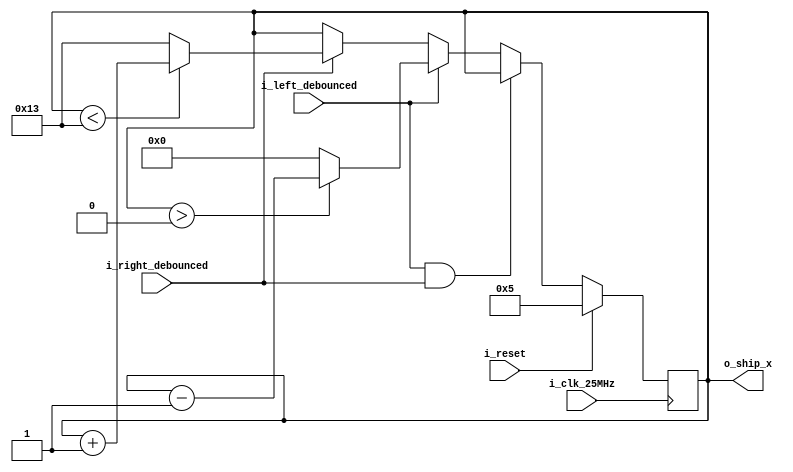
module ship(
	          input wire       i_clk_25MHz,
	          input wire       i_reset, //synchronous i_reset
	          input wire       i_left_debounced,
	          input wire       i_right_debounced,
	          output reg [4:0] o_ship_x
	          );

   reg [4:0]                 next_x = reset_position;

   localparam left_limit = 0;
   localparam reset_position = 5;
   localparam right_limit = 19;

   initial begin
      o_ship_x = reset_position;
   end

   always @(posedge i_clk_25MHz) begin
      o_ship_x <= next_x;
   end

   always @(*) begin
      if (i_reset == 1) begin
         next_x = reset_position;
      end
      else if (i_left_debounced == 1 && i_right_debounced == 1) begin
         // If both left and right are pressed, maintain current position
         next_x = o_ship_x;
      end
      else if (i_left_debounced == 1) begin
         if (o_ship_x > left_limit) begin
            next_x = o_ship_x - 1;
         end
         else begin
            // If already at left limit, stay or wrap around based on requirements
            next_x = left_limit;
         end
      end
      else if (i_right_debounced == 1) begin
         if (o_ship_x < right_limit) begin
            next_x = o_ship_x + 1;
         end
         else begin
            // If already at right limit, stay or wrap around based on requirements
            next_x = right_limit;
         end
      end
      else begin
         // If neither left nor right is debounced, maintain current position
         next_x = o_ship_x;
      end
   end

`ifdef FORMAL
   reg [4:0]           i;
   always @(posedge i_clk_25MHz) begin
      // Safety properties: o_ship_x and next_x within bounds
      assert (o_ship_x >= left_limit);
      assert (o_ship_x <= right_limit);
      assert (next_x >= left_limit);
      assert (next_x <= right_limit);
      // if i_reset is high, then o_ship_x should be equal to reset_position at the next clock edge
      assert property ( i_reset |-> ##1 o_ship_x == reset_position);
      // Ensure the ship moves left or right correctly in response to i_left_debounced or i_right_debounced signals.
      // Formal verification with tabbyCAD and concurrent SVA made me discover the following design flaws, fixed in 441cc76:
      // initialization of next_x to reset_position
      // Simplification of the design (no need for i register)
      // No ship movement in case both left and right are pressed
      // Note we use past function, documented in https://yosyshq.readthedocs.io/projects/ap109/en/latest/index.html#the-past-function
      assert property ((!i_reset && i_left_debounced == 1 && i_right_debounced == 0 && o_ship_x != left_limit) |-> ##1 o_ship_x == $past(o_ship_x) - 1);
      assert property ((!i_reset && i_right_debounced == 1 && i_left_debounced == 0 && o_ship_x != right_limit) |-> ##1 o_ship_x == $past(o_ship_x) + 1);
      // If both buttons are pressed or no botton is pressed, the ship does not move
      assert property ((!i_reset && i_right_debounced == 1 && i_left_debounced == 1) |-> ##1 o_ship_x == $past(o_ship_x));
      assert property ((!i_reset && i_right_debounced == 0 && i_left_debounced == 0) |-> ##1 o_ship_x == $past(o_ship_x));
   end // always @ (posedge i_clk_25MHz)
`endif
endmodule